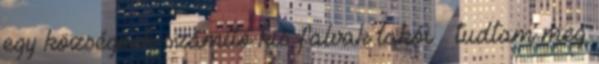
egy községnek számító kis falvak lakói – tudtam meg